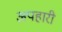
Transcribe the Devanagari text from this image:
अपहारी